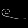
Digit: ၉